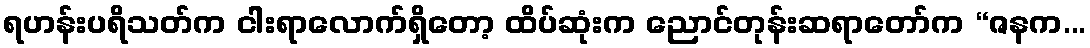
ရဟန်းပရိသတ်က ငါးရာလောက်ရှိတော့ ထိပ်ဆုံးက ညောင်တုန်းဆရာတော်က “ဇနက...